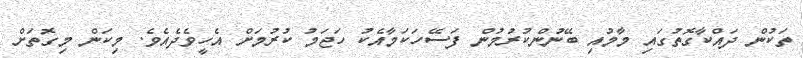
ތަކުން ދައްކާގޮތުގައި މާމުއި ބޭނުންކުރުމުން ފަސޭހަކަމާއެކު ހަޖަމު ކުރުމަށް އެހީވެދެއެވެ. މިކަން މިގޮތަށް